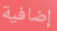
إضافية